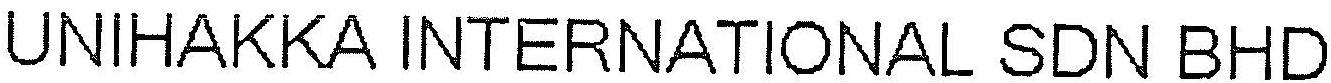
UNIHAKKA INTERNATIONAL SDN BHD